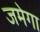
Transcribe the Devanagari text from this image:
जमेगा